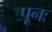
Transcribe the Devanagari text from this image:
पूनः